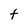
Character: t